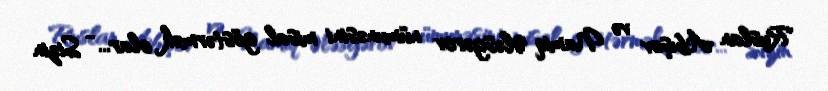
Ruslan Abışov və Namiq Ələsgərov nümunəsini misal göstərmək olar... - Sizin